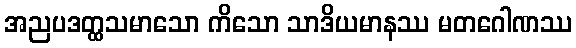
အညပဒတ္ထသမာသော ကိသော သာဒိယမာနဿ မတဂေါဏဿ